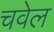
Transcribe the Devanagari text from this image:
चवेल